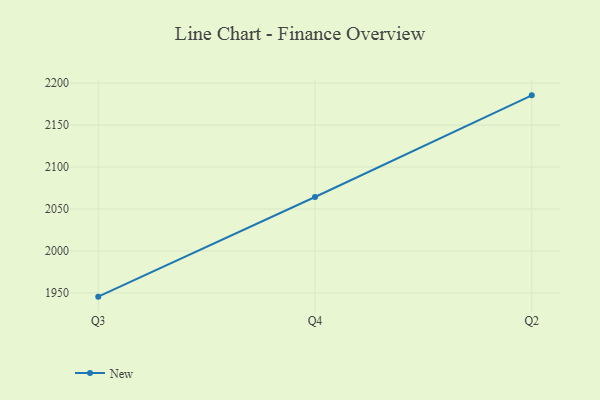
{"axis": {"x": "Quarter", "y": "Latency (ms)"}, "legend": ["New"], "data": [{"x": "Q3", "y": 1945.6, "type": "New"}, {"x": "Q4", "y": 2064.3, "type": "New"}, {"x": "Q2", "y": 2185.4, "type": "New"}]}